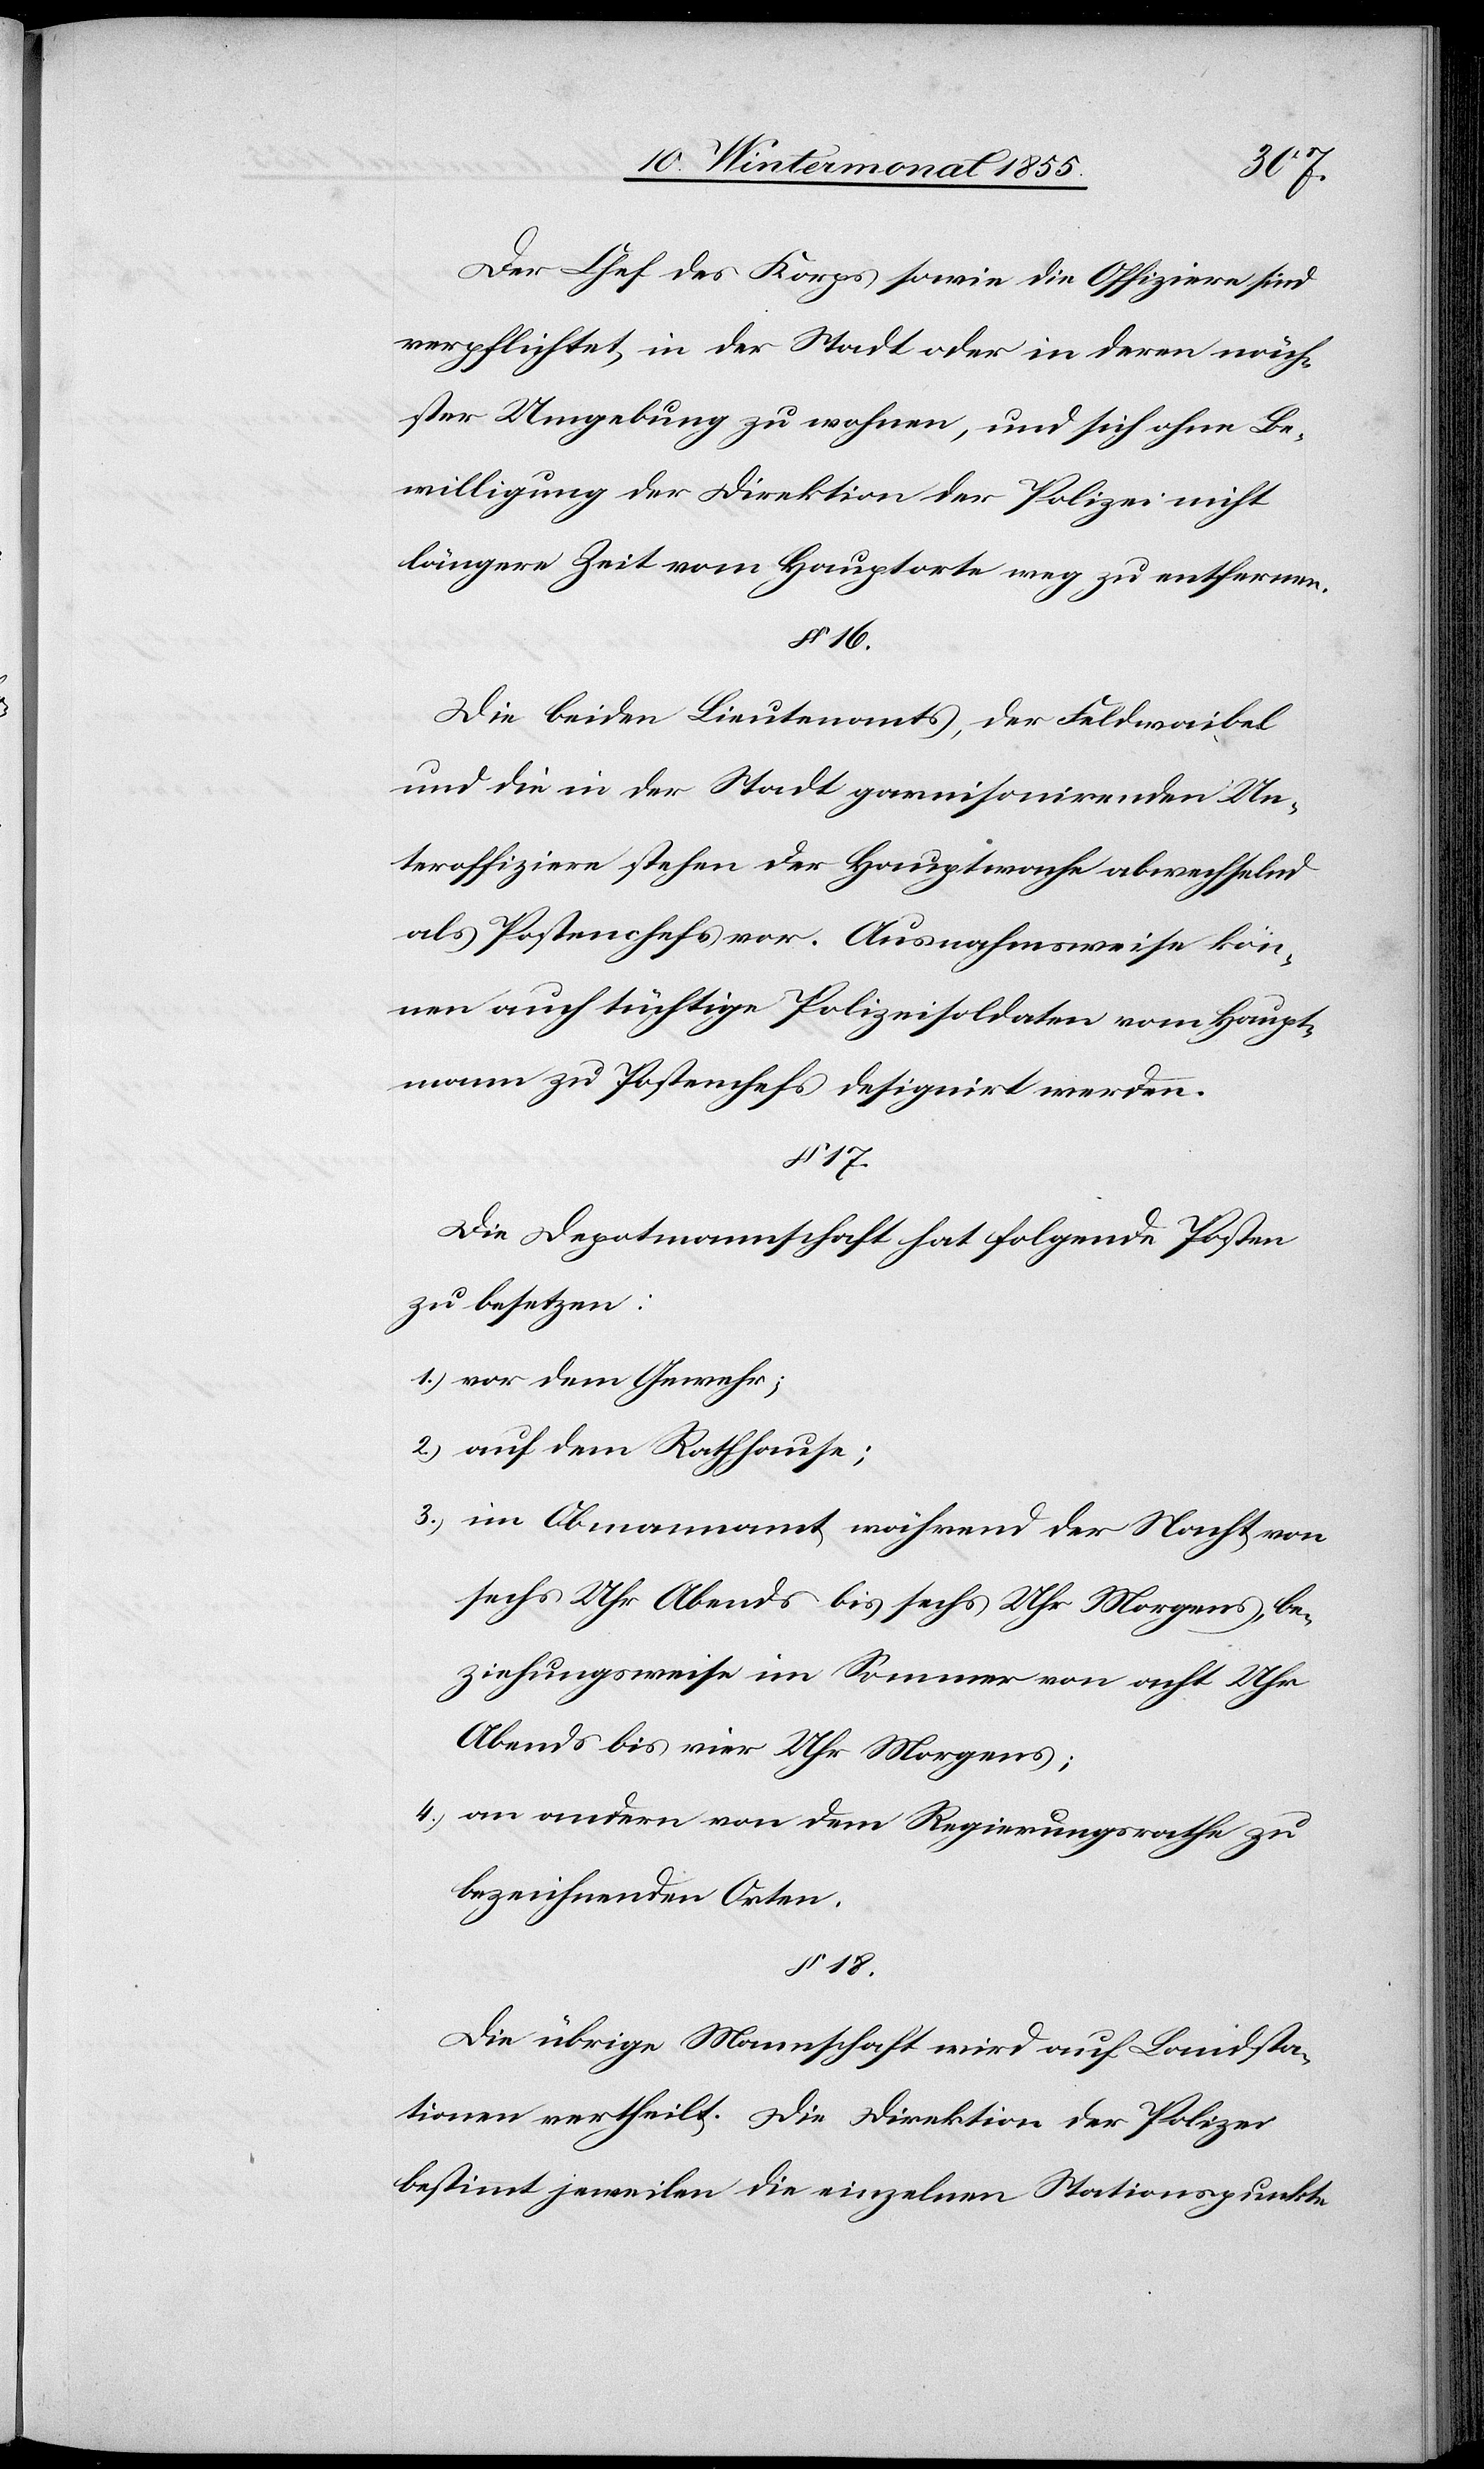
Der Chef des Korps sowie die Offiziere sind
verpflichtet in der Stadt oder in deren näch¬
ster Umgebung zu wohnen, und sich ohne Be¬
willigung der Direktion der Polizei nicht
längere Zeit vom Hauptorte weg zu entfernen.
§ 16.
Die beiden Lieutenants, der Feldwaibel
und die in der Stadt garnisonirenden Un¬
teroffiziere stehen der Hauptwache abwechselnd
als Postenchefs vor. Ausnahmsweise kön¬
nen auch tüchtige Polizeisoldaten vom Haupt¬
mann zu Postenchefs designirt werden.
§ 17.
Die Depotmannschaft hat folgende Posten
zu besetzen:
vor dem Gewehr;
auf dem Rathhause;
im Obmannamt während der Nacht von
sechs Uhr Abends bis sechs Uhr Morgens, be¬
ziehungsweise im Sommer von acht Uhr
Abends bis vier Uhr Morgens;
an andern von dem Regierungsrathe zu
bezeichnenden Orten.
§ 18.
Die übrige Mannschaft wird auf Landsta¬
tionen vertheilt. Die Direktion der Polizei
bestimmt jeweilen die einzelnen Stationspunkte